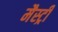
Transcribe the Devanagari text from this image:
मैस्ट्री